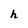
Character: h